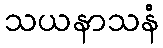
သယနာသနံ